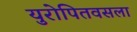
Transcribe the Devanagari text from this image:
युरोपितवसला